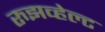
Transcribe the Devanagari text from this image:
रुझव्हेल्ट